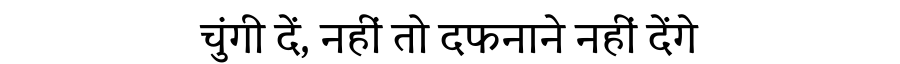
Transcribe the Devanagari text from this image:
चुंगी दें, नहीं तो दफनाने नहीं देंगे